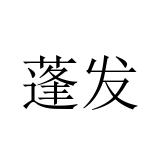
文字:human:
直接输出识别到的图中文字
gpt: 蓬发